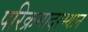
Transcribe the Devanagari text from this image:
परिक्रमादरम्यान